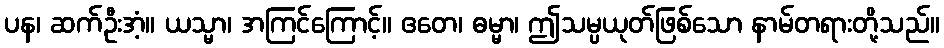
ပန၊ ဆက်ဦးအံ့။ ယသ္မာ၊ အကြင်ကြောင့်။ ဧတေ၊ ဓမ္မာ၊ ဤသမ္ပယုတ်ဖြစ်သော နာမ်တရားတို့သည်။